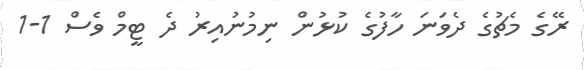
ރޭގެ މެޗުގެ ދެވަނަ ހާފުގެ ކުޅުން ނިމުނުއިރު ދެ ޓީމް ވެސް 1-1